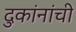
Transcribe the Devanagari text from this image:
दुकांनांची